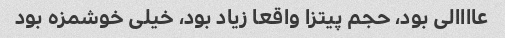
عاااالی بود، حجم پیتزا واقعا زیاد بود، خیلی خوشمزه بود